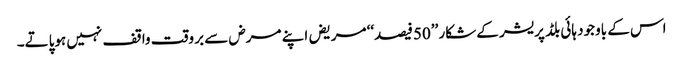
اس کے باوجود ہائی بلڈ پریشر کے شکار ’’50فیصد‘‘ مریض اپنے مرض سے بر وقت واقف نہیں ہوپاتے۔